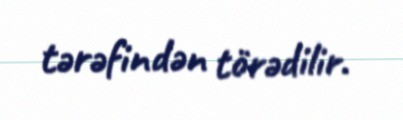
tərəfindən törədilir.